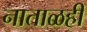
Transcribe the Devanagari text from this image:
नाताळही